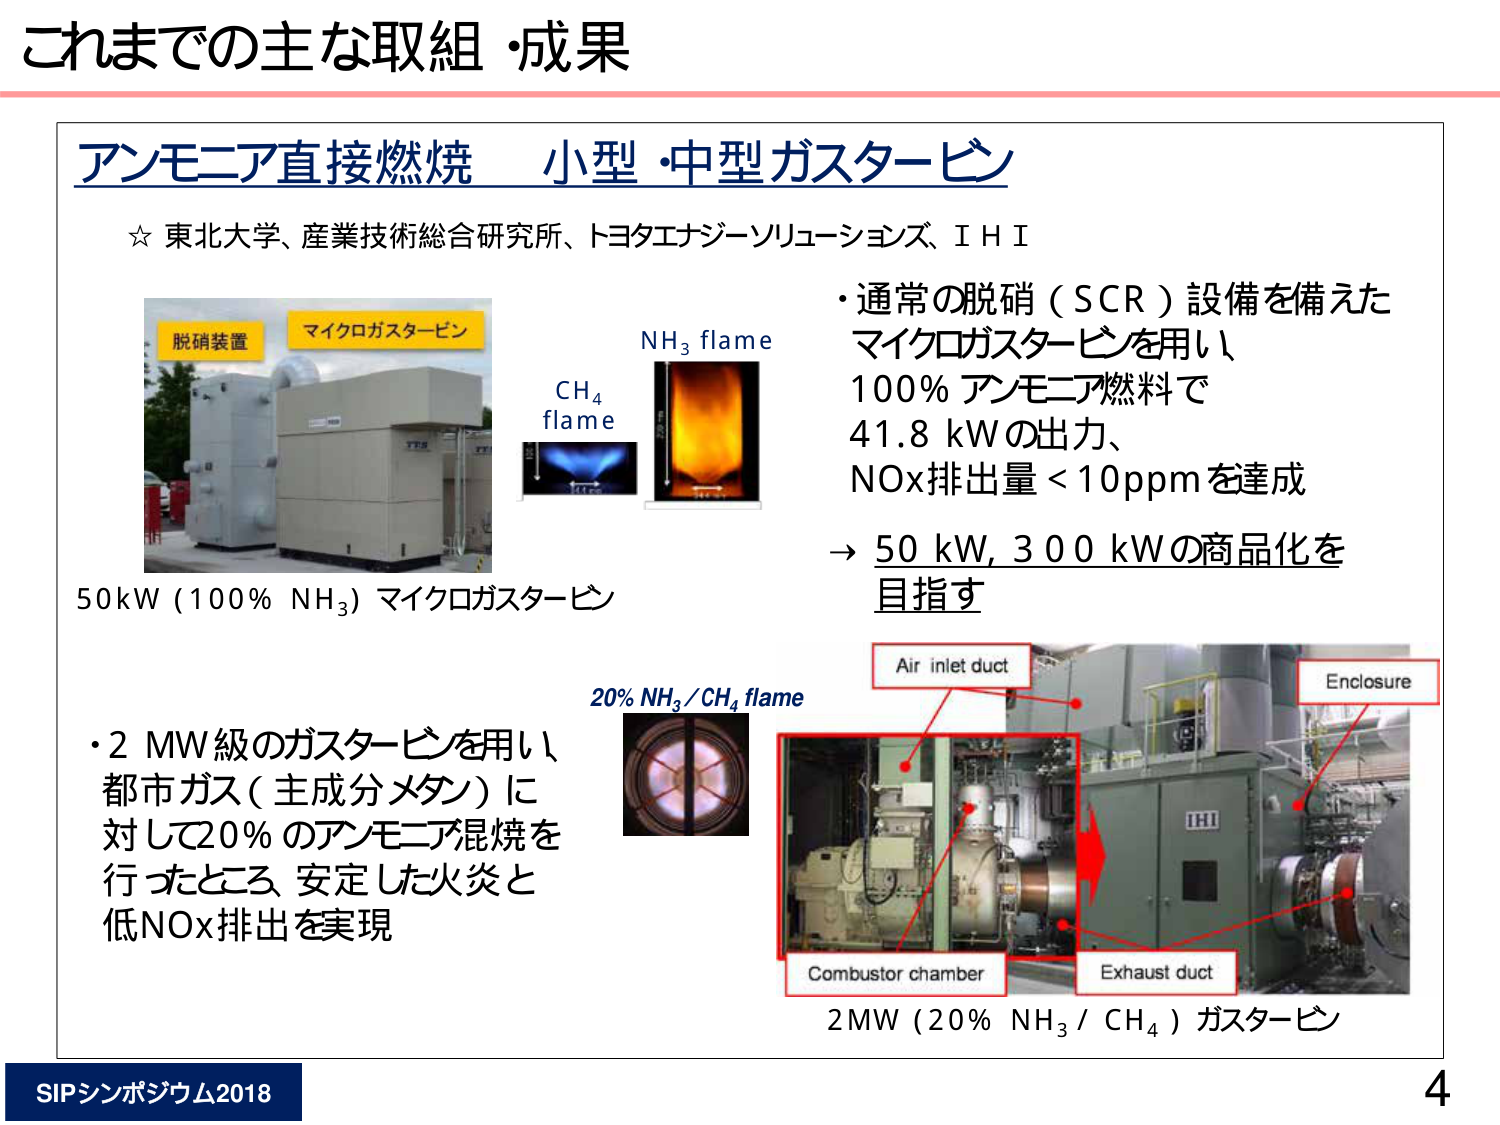
これまでの主な取組・成果

アンモニア直接燃焼 小型・中型ガスタービン

☆ 東北大学、産業技術総合研究所、トヨタエナジーソリューションズ、ＩＨＩ

脱硝装置
マイクロガスタービン

50kW (100% NH₃) マイクロガスタービン

CH₄ flame
NH₃ flame

・通常の脱硝（SCR）設備を備えた
マイクロガスタービンを用い、
100% アンモニア燃料で
41.8 kWの出力、
NOx排出量＜10ppmを達成
→ 50 kW, 300 kWの商品化を
目指す

・2 MW級のガスタービンを用い、
都市ガス（主成分メタン）に
対して20%のアンモニア混焼を
行ったところ、安定した火炎と
低NOx排出を実現

20% NH₃/CH₄ flame

Air inlet duct
Enclosure
Combustor chamber
Exhaust duct

2MW (20% NH₃ / CH₄) ガスタービン

SIPシンポジウム2018
4